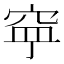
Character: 𱶹